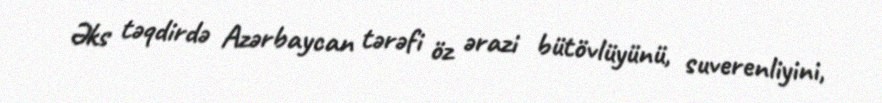
Əks təqdirdə Azərbaycan tərəfi öz ərazi bütövlüyünü, suverenliyini,